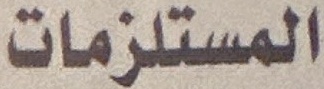
المستلزمات